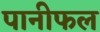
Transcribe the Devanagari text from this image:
पानीफल